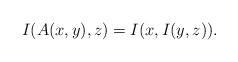
LaTeX: \begin{align*}I(A(x,y),z)=I(x,I(y,z)).\end{align*}